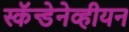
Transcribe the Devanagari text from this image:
स्कॅन्डेनेव्हीयन